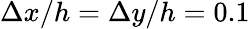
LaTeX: \Delta x/h=\Delta y/h=0.1